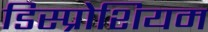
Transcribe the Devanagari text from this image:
डिस्प्रोशियम